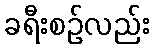
ခရီးစဉ်လည်း